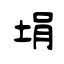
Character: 埍